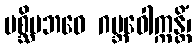
ပစ္ဆိမဘဝေ ဂဗ္ဘဝေါက္ကန္တိံ၊